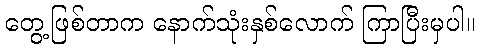
တွေ့ဖြစ်တာက နောက်သုံးနှစ်လောက် ကြာပြီးမှပါ။